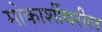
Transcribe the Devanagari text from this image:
मोकाशींवरील